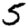
Digit: 5